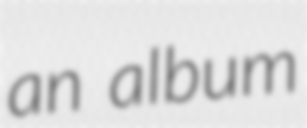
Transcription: an album